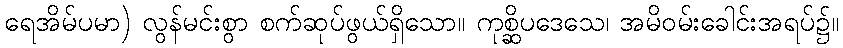
ရေအိမ်ပမာ) လွန်မင်းစွာ စက်ဆုပ်ဖွယ်ရှိသော။ ကုစ္ဆိပဒေသေ၊ အမိဝမ်းခေါင်းအရပ်၌။